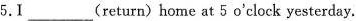
5.I_-(return)home at 5 o'clock yesterday.